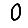
Digit: 0